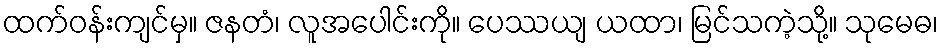
ထက်ဝန်းကျင်မှ။ ဇနတံ၊ လူအပေါင်းကို။ ပေဿယျ ယထာ၊ မြင်သကဲ့သို့။ သုမေဓ၊